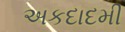
અકદાદમી